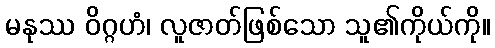
မနုဿ ဝိဂ္ဂဟံ၊ လူဇာတ်ဖြစ်သော သူ၏ကိုယ်ကို။